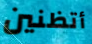
أتظنين